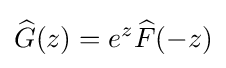
{\widehat {G}}(z)=e^{z}{\widehat {F}}(-z)